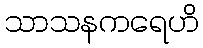
သာသနကရေဟိ